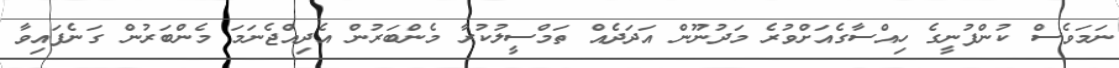
ނަމަވެސް ކުންފުނީގެ ހިއްސާގެއަށްވުރެ މަދުނޫން އަދަދެއް ތަމްސީލުކުރާ މެންބަރުން އެދިއްޖެނަމަ މެންބަރުން ގަނެފައިވާ